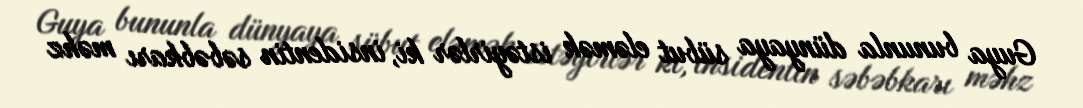
Guya bununla dünyaya sübut eləmək istəyirlər ki, insidentin səbəbkarı məhz